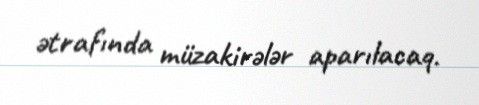
ətrafında müzakirələr aparılacaq.